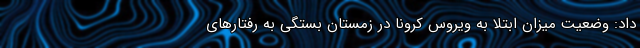
داد: وضعیت میزان ابتلا به ویروس کرونا در زمستان بستگی به رفتارهای